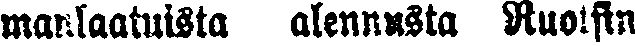
manlaauista alennusta Ruotsin